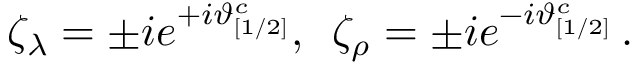
\zeta _ { \lambda } = \pm i e ^ { + i \vartheta _ { [ 1 / 2 ] } ^ { c } } , \, \, \, \zeta _ { \rho } = \pm i e ^ { - i \vartheta _ { [ 1 / 2 ] } ^ { c } } \, .